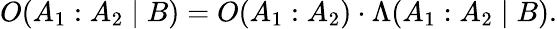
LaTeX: O(A_{1}:A_{2}\mid B)=O(A_{1}:A_{2})\cdot\Lambda(A_{1}:A_{2}\mid B).